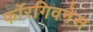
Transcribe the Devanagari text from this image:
फॉरगिवनेस